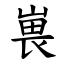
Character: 嵔